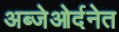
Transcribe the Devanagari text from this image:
अब्जेओर्दनेत